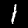
Digit: 1